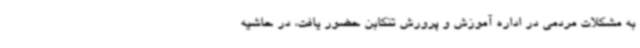
به مشکلات مردمی در اداره آموزش و پرورش تنکابن حضور یافت، در حاشیه